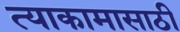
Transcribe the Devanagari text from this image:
त्याकामासाठी